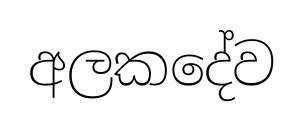
අලකදේව